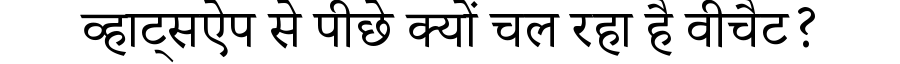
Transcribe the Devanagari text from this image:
व्हाट्सऐप से पीछे क्यों चल रहा है वीचैट?